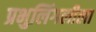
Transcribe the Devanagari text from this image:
प्रभुलिंगलीला